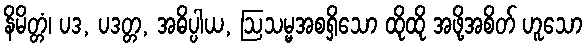
နိမိတ္တံ၊ ပဒ, ပဒတ္တ, အဓိပ္ပါယ, ဩသမ္မအစရှိသော ထိုထို အဖို့အစိတ် ဟူသော